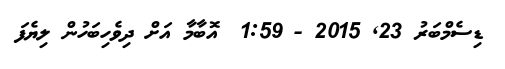
ޑިސެމްބަރު 23